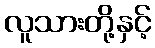
လူသားတို့နှင့်